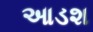
આડશ